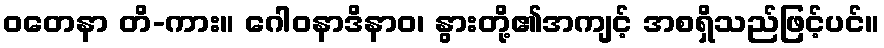
ဝတေနာ တိ-ကား။ ဂေါဝနာဒိနာဝ၊ နွားတို့၏အကျင့် အစရှိသည်ဖြင့်ပင်။